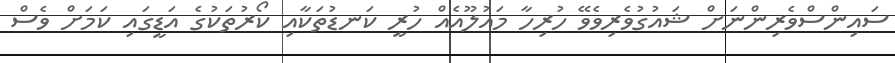
ސައިންސްވެރިންނަށް ޝައުގުވެރިވެވޭ ހުރިހާ މައުލޫއެއް ހުރީ ކަނޑުތަކާއި ކޯރުތަކުގެ އަޑީގައި ކަމަށް ވެސް